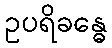
ဥပရိခန္ဓေ